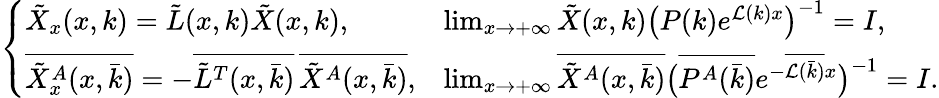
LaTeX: \begin{array}{r}{\left\{ \begin{array}{ll}{\tilde{X}_{x}(x,k)=\tilde{L}(x,k)\tilde{X}(x,k),}&{\operatorname*{lim}_{x\to+\infty}\tilde{X}(x,k)\big(P(k)e^{\mathcal{L}(k)x}\big)^{-1}=I,}\\ {\overline{{\tilde{X}_{x}^{A}(x,\bar{k})}}=-\overline{{\tilde{L}^{T}(x,\bar{k})}}\, \overline{{\tilde{X}^{A}(x,\bar{k})}},}&{\operatorname*{lim}_{x\to+\infty}\overline{{\tilde{X}^{A}(x,\bar{k})}}\big(\overline{{P^{A}(\bar{k})}}e^{-\overline{{\mathcal{L}(\bar{k})}}x}\big)^{-1}=I.}\end{array}\right.}\end{array}